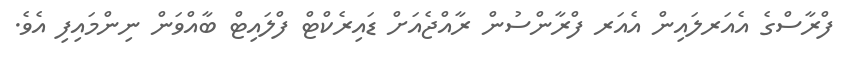
ފްރާސްގެ އެއަރލައިން އެއަރ ފްރާންސުން ރާއްޖެއަށް ޑައިރެކްޓް ފްލައިޓް ބާއްވަން ނިންމައިފި އެވެ.